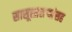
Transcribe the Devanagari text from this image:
सासूसासऱ्यांसह